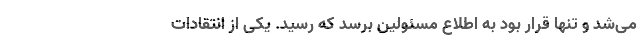
می‌شد و تنها قرار بود به اطلاع مسئولین برسد که رسید. یکی از انتقادات